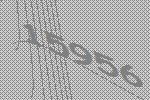
15956